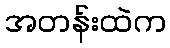
အတန်းထဲက